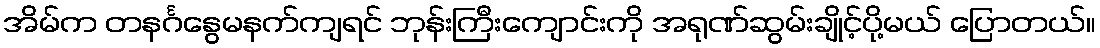
အိမ်က တနင်္ဂနွေမနက်ကျရင် ဘုန်းကြီးကျောင်းကို အရုဏ်ဆွမ်းချိုင့်ပို့မယ် ပြောတယ်။